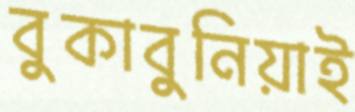
বুকাবুনিয়াই